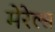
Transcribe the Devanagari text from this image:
मेरेल्स